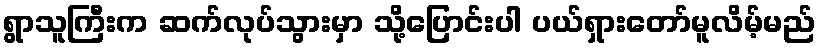
ရွာသူကြီးက ဆက်လုပ်သွားမှာ သို့ပြောင်းပါ ပယ်ရှားတော်မူလိမ့်မည်